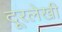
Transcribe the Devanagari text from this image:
दूरलेखी